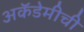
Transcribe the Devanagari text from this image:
अकॅडेमीची